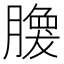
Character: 𰯘